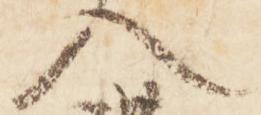
入